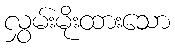
လွှမ်းမိုးထားသော